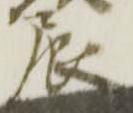
辰